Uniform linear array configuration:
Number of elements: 12
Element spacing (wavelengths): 1
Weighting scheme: blackman
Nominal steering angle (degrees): -45
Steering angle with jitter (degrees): -43.451
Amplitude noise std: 0.05
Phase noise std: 0.05

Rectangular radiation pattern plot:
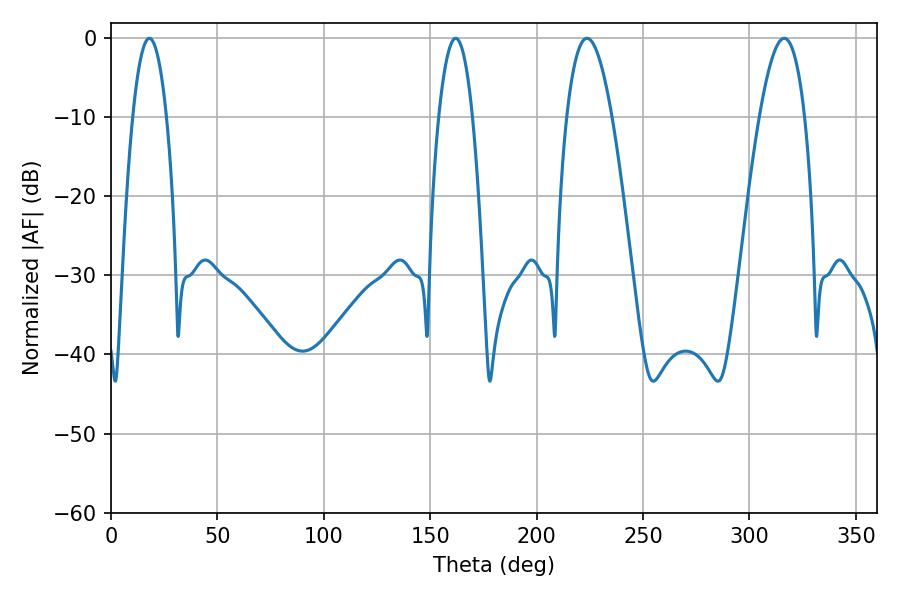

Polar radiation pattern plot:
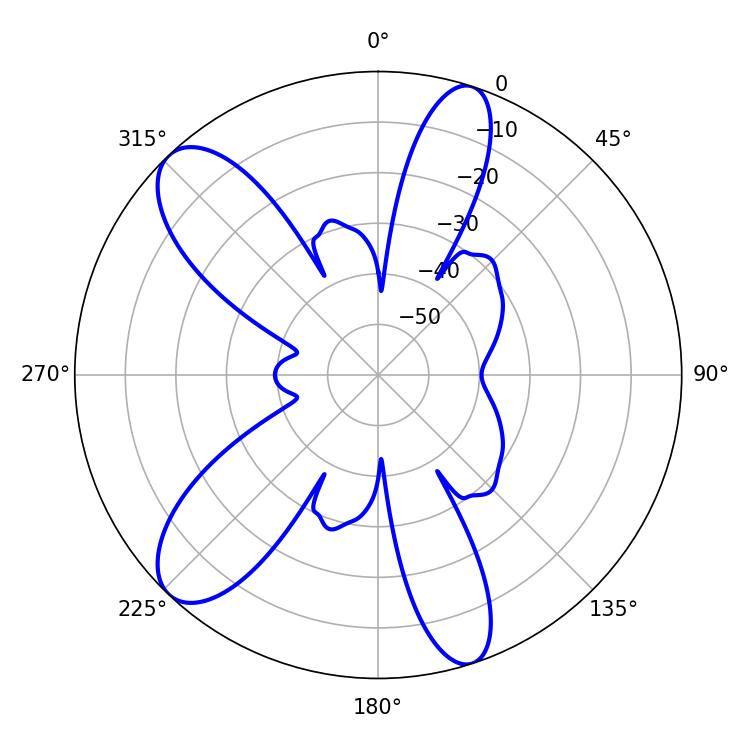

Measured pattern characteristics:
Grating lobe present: TRUE
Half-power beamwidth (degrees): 8.82
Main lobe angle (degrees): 18